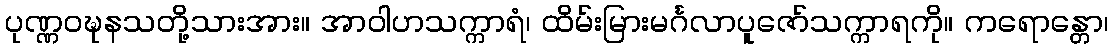
ပုဏ္ဏဝဍ္ဎနသတို့သားအား။ အာဝါဟသက္ကာရံ၊ ထိမ်းမြားမင်္ဂလာပူဇော်သက္ကာရကို။ ကရောန္တော၊